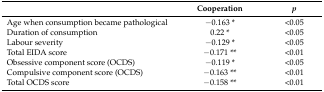
<table><thead><tr><td></td><td><b>Cooperation</b></td><td><b><i>p</i></b></td></tr></thead><tbody><tr><td>Age when consumption became pathological</td><td>−0.163 *</td><td>&lt;0.05</td></tr><tr><td>Duration of consumption</td><td>0.22 *</td><td>&lt;0.05</td></tr><tr><td>Labour severity</td><td>−0.129 *</td><td>&lt;0.05</td></tr><tr><td>Total EIDA score</td><td>−0.171 **</td><td>&lt;0.01</td></tr><tr><td>Obsessive component score (OCDS)</td><td>−0.119 *</td><td>&lt;0.05</td></tr><tr><td>Compulsive component score (OCDS)</td><td>−0.163 **</td><td>&lt;0.01</td></tr><tr><td>Total OCDS score</td><td>−0.158 **</td><td>&lt;0.01</td></tr></tbody></table>